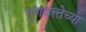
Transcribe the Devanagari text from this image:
गुणवत्त्तेच्या